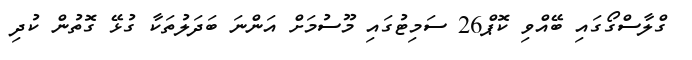
ގްލާސްގޯގައި ބޭއްވި ކޮޕް26 ސަމިޓުގައި މޫސުމަށް އަންނަ ބަދަލުތަކާ ގުޅޭ ގޮތުން ކުދި